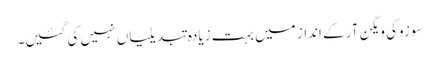
سوزوکی ویگن آر کے انداز میں بہت زیادہ تبدیلیاں نہیں کی گئیں۔